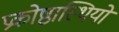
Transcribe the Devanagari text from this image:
प्रकोष्ठास्थियों